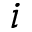
i